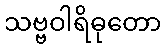
သဗ္ဗဝါရိဓုတော